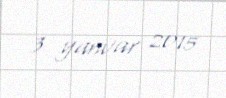
3 yanvar 2015